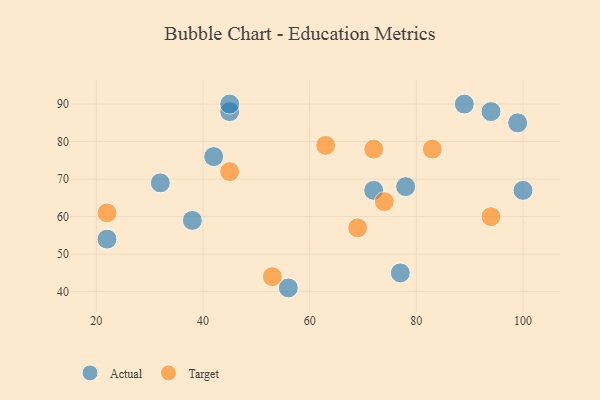
{"axis": {"x": "GDP", "y": "Life Expectancy"}, "legend": ["Actual", "Target"], "data": [{"x": "100", "y": 67, "type": "Actual"}, {"x": "72", "y": 67, "type": "Actual"}, {"x": "45", "y": 88, "type": "Actual"}, {"x": "94", "y": 88, "type": "Actual"}, {"x": "89", "y": 90, "type": "Actual"}, {"x": "99", "y": 85, "type": "Actual"}, {"x": "45", "y": 90, "type": "Actual"}, {"x": "77", "y": 45, "type": "Actual"}, {"x": "22", "y": 54, "type": "Actual"}, {"x": "78", "y": 68, "type": "Actual"}, {"x": "56", "y": 41, "type": "Actual"}, {"x": "38", "y": 59, "type": "Actual"}, {"x": "32", "y": 69, "type": "Actual"}, {"x": "42", "y": 76, "type": "Actual"}, {"x": "45", "y": 72, "type": "Target"}, {"x": "22", "y": 61, "type": "Target"}, {"x": "94", "y": 60, "type": "Target"}, {"x": "83", "y": 78, "type": "Target"}, {"x": "63", "y": 79, "type": "Target"}, {"x": "53", "y": 44, "type": "Target"}, {"x": "74", "y": 64, "type": "Target"}, {"x": "69", "y": 57, "type": "Target"}, {"x": "72", "y": 78, "type": "Target"}]}